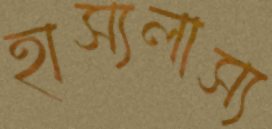
হাস্যলাস্য